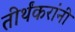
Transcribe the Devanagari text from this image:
तीर्थंकरांनी